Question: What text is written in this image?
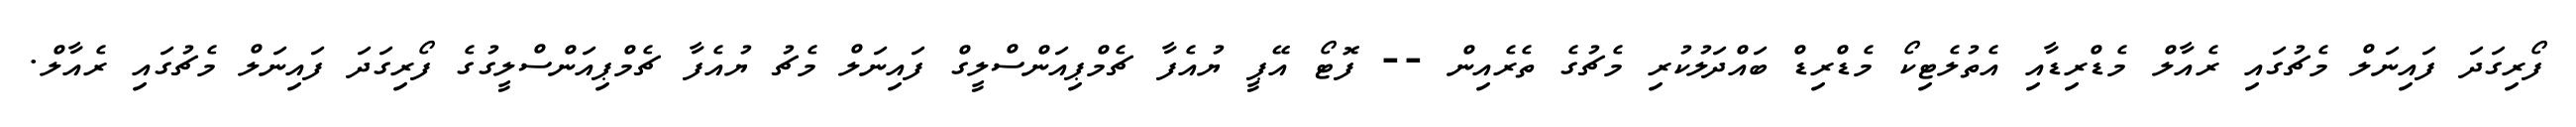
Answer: ފޯރިގަދަ ފައިނަލް މެޗުގައި ރެއާލް މެޑްރިޑާއި އެތުލެޓިކޯ މެޑްރިޑް ބައްދަލުކުރި މެޗުގެ ތެރެއިން -- ފޮޓޯ އޭޕީ ޔުއެފާ ޗެމްޕިއަންސްލީގް ފައިނަލް މެޗު ޔުއެފާ ޗެމްޕިއަންސްލީގުގެ ފޯރިގަދަ ފައިނަލް މެޗުގައި ރެއާލް.